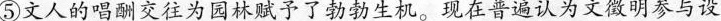
⑤文人的唱酬交往为园林赋予了勃勃生机。现在普遍认为文微明参与设